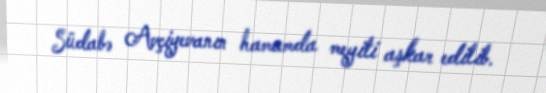
Südabə Avçiyevanın hamamda meyiti aşkar edilib.